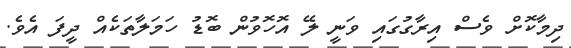
ދިމާކޮށް ވެސް އިރާގުގައި ވަނީ ލޭ އޮހޮވުން ބޮޑު ހަމަލާތަކެއް ދީފަ އެވެ.